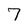
Character: 7